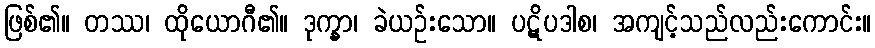
ဖြစ်၏။ တဿ၊ ထိုယောဂီ၏။ ဒုက္ခာ၊ ခဲယဉ်းသော။ ပဋိပဒါစ၊ အကျင့်သည်လည်းကောင်း။